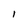
Character: 1